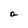
Character: a